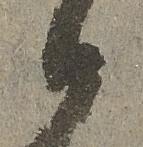
候